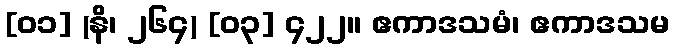
[၀၁] (နိ၊ ၂၆၄) [၀၃] ၄၂၂။ ဧကာဒသမံ၊ ဧကာဒသမ